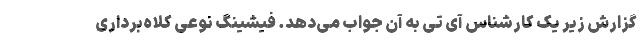
گزارش زیر یک کارشناس آی تی به آن جواب می‌دهد. فیشینگ نوعی کلاه‌برداری